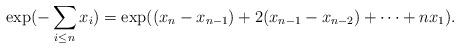
LaTeX: \begin{align*}\exp(-\sum_{i\le n}x_{i})=\exp((x_{n}-x_{n-1})+2(x_{n-1}-x_{n-2})+ \cdots +nx_{1}).\end{align*}